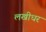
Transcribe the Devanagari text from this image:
लखीधर